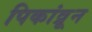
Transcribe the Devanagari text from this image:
पिकांव्रून